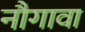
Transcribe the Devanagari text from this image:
नौगावा